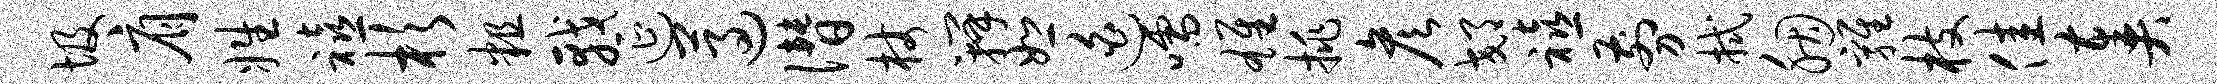
圾肩姓禧杉粗戟延遵僭杖瓣恕迫嚅雄挑彦郊禧剪拭胭鸡枝佳奏